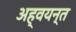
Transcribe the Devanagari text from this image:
अह्वयन्त